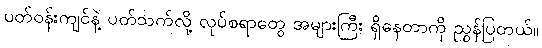
ပတ်ဝန်းကျင်နဲ့ ပတ်သက်လို့ လုပ်စရာတွေ အများကြီး ရှိနေတာကို ညွှန်ပြတယ်။